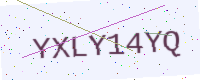
Text: YXLY14YQ